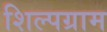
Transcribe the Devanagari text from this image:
शिल्‍पग्राम